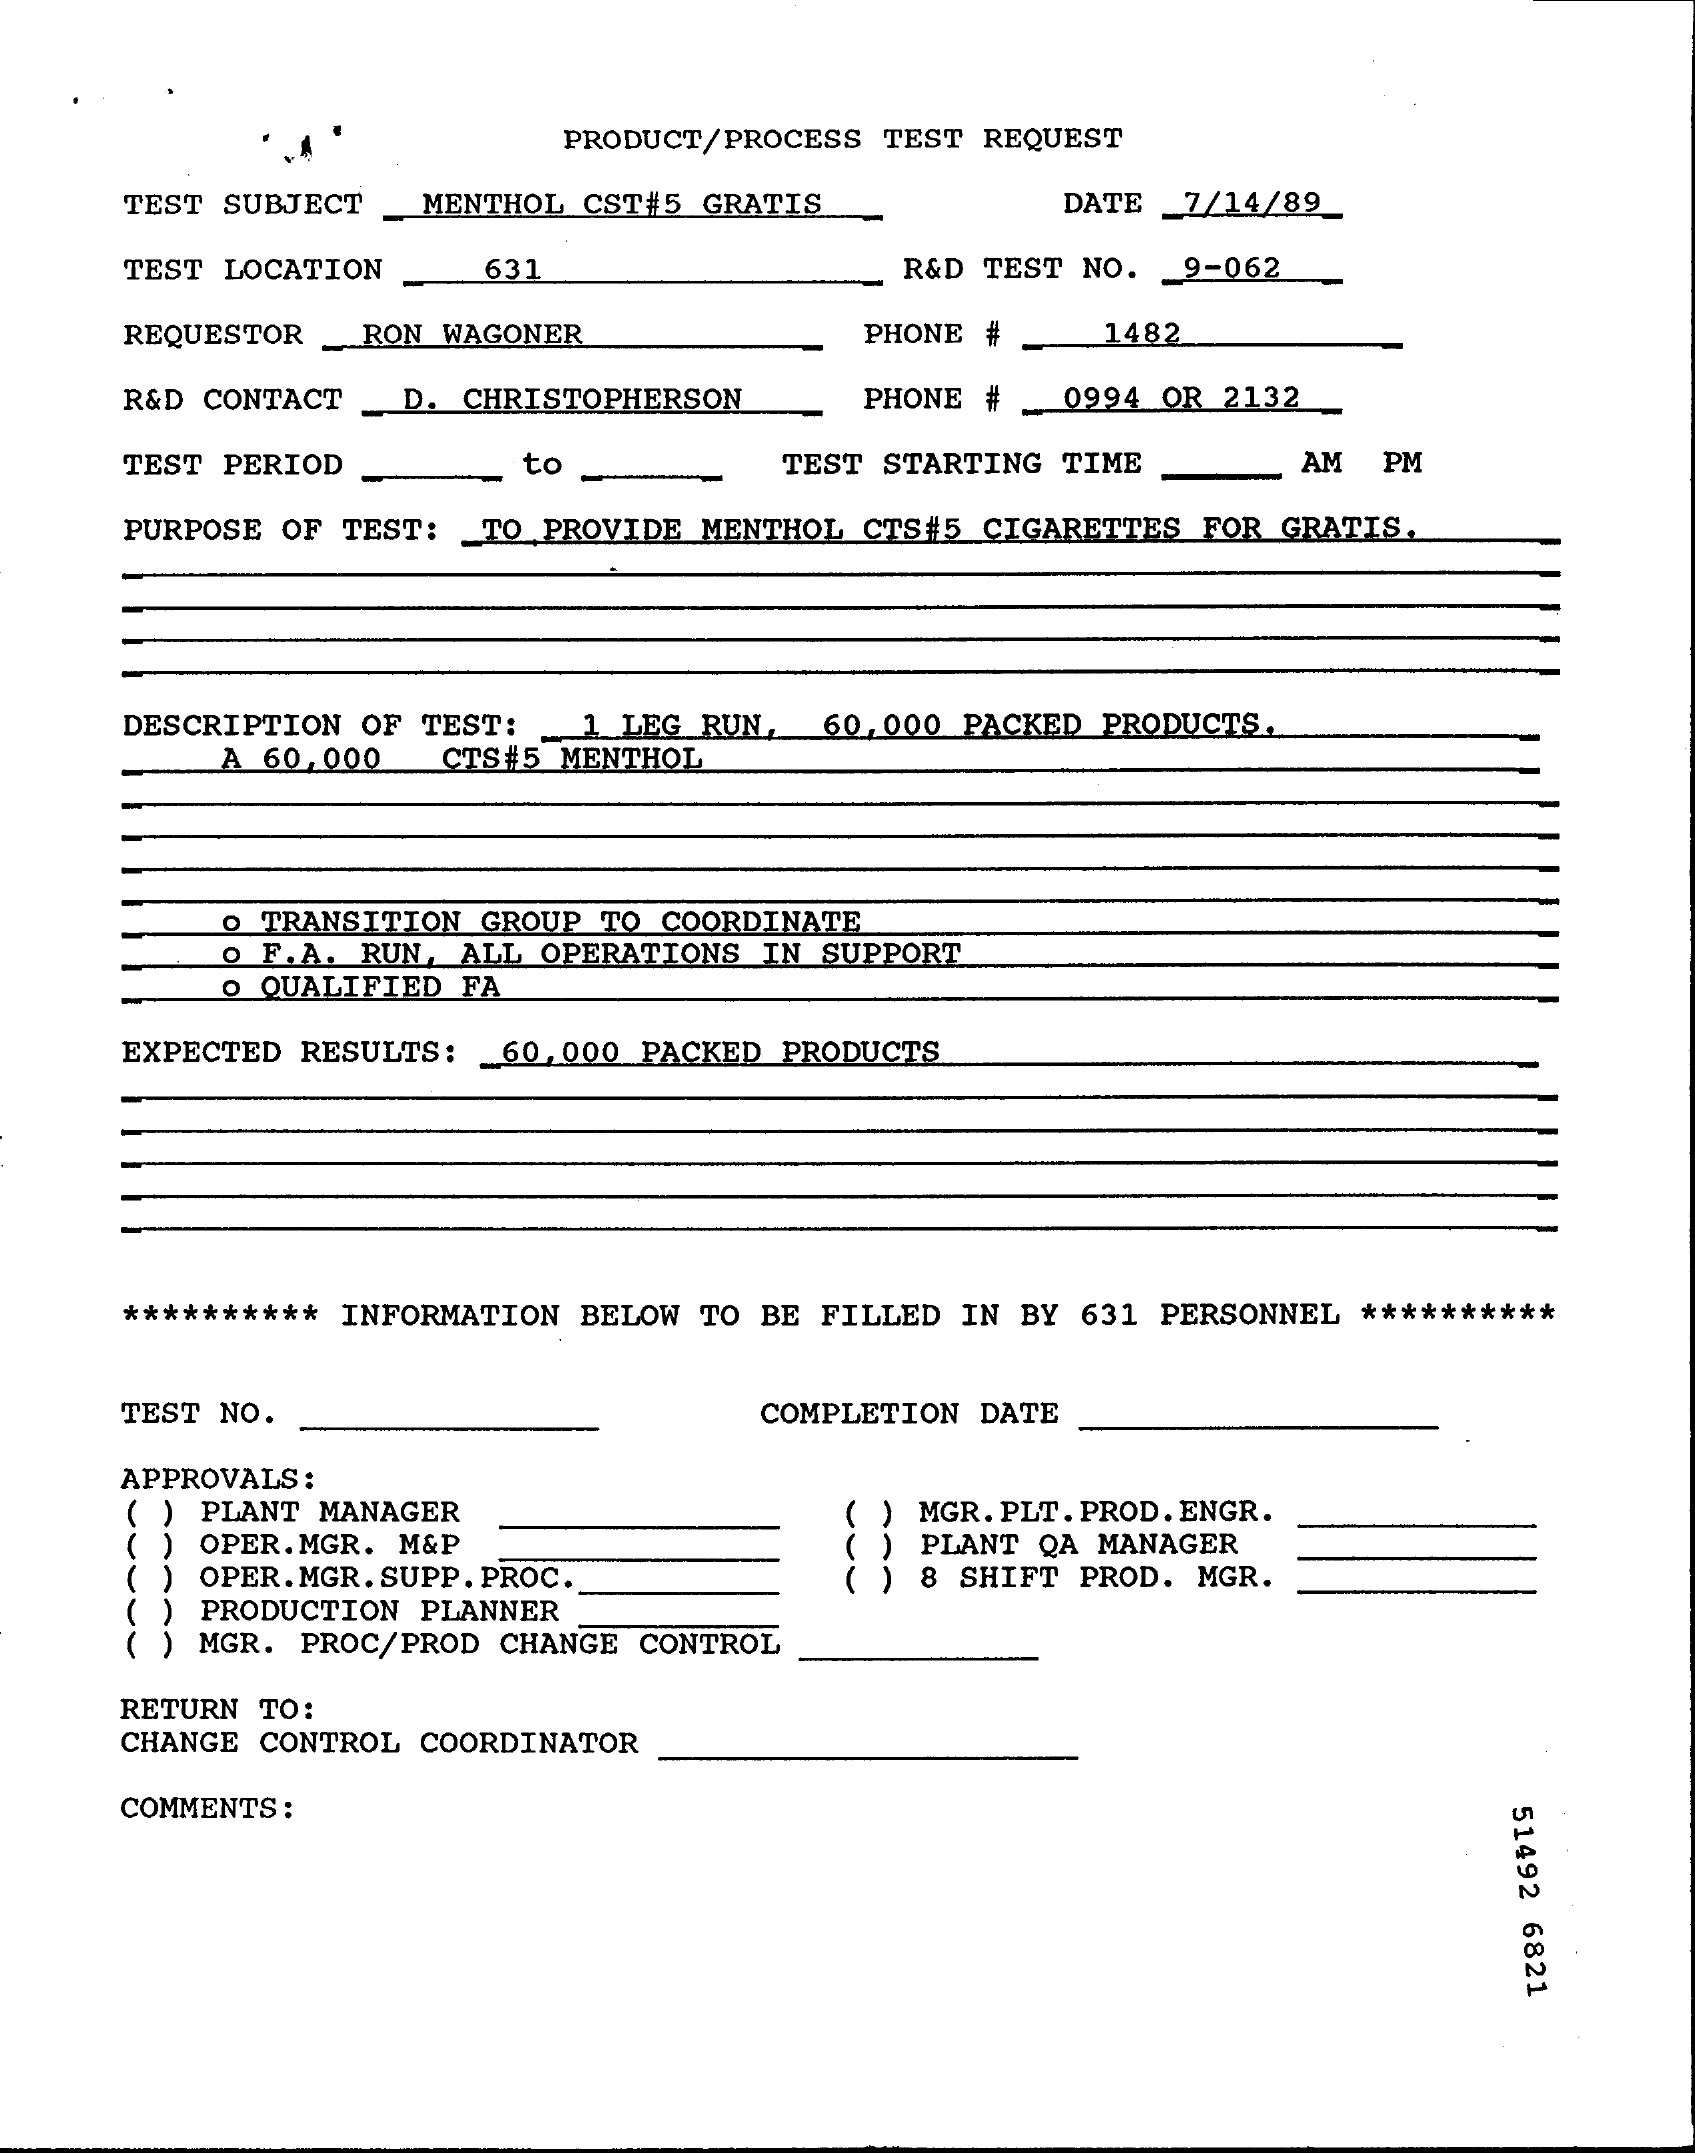
PRODUCT/PROCESS TEST REQUEST
     TEST SUBJECT _MENTHOL CST#5 GRATIS    DATE  7/14/89
     TEST LOCATION  631    R&D TEST NO. 9-062
     REQUESTOR RON WAGONER    PHONE #   1482
     R&D CONTACT D. CHRISTOPHERSON   PHONE # 0994 OR 2132
     TEST PERIOD    to    TEST STARTING TIME    AM PM
     PURPOSE OF TEST: TO PROVIDE MENTHOL CTS#5 CIGARETTES FOR GRATIS.
     DESCRIPTION OF TEST: 1 LEG RUN, 60,000 PACKED PRODUCTS.
     A 60,000 CTS#5 MENTHOL
     O TRANSITION GROUP TO COORDINATE
     O F. A. RUN, ALL OPERATIONS IN SUPPORT
     O QUALIFIED FA
     EXPECTED RESULTS: 60,000 PACKED PRODUCTS
     ********** INFORMATION BELOW TO BE FILLED IN BY 631 PERSONNEL **********
     TEST NO.    COMPLETION DATE
     APPROVALS :
     ) PLANT MANAGER
     ) OPER.MGR. M&P
     ) MGR. PLT. PROD. ENGR.
     ) OPER. MGR. SUPP. PROC.
     PLANT QA MANAGER
     ( ) 8 SHIFT PROD. MGR.
     ) PRODUCTION PLANNER
     ( ) MGR. PROC/PROD CHANGE CONTROL
     RETURN TO:
     CHANGE CONTROL COORDINATOR
     COMMENTS :
     51492
     6821